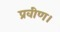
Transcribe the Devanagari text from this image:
प्रवीण।